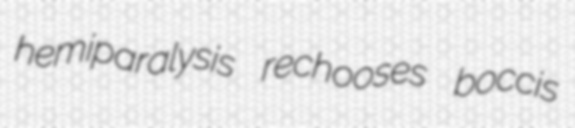
hemiparalysis rechooses boccis